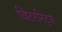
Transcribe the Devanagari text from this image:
विंटरनिट्‌स